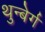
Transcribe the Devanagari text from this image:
थुन्बेर्ग